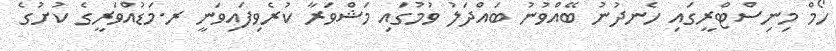
ހޯމް މިނިސްޓްރީގައި ހެނދުނު ބޭއްވުނު ބައްދަލު ވުމުގައި މަޝްވަރާ ކުރެވިފައިވަނީ ރ.މަޑުއްވަރީގެ ކުށުގެ